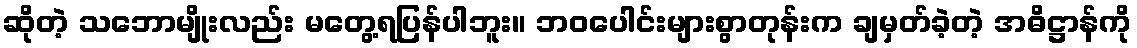
ဆိုတဲ့ သဘောမျိုးလည်း မတွေ့ရပြန်ပါဘူး။ ဘဝပေါင်းများစွာတုန်းက ချမှတ်ခဲ့တဲ့ အဓိဋ္ဌာန်ကို